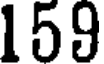
159